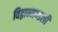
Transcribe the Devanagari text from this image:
विद्वान्मण्डली